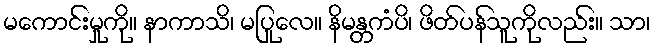
မကောင်းမှုကို။ နာကာသိ၊ မပြုလေ။ နိမန္တကံပိ၊ ဖိတ်ပန်သူကိုလည်း။ သာ၊